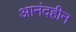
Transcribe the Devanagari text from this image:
आनंदहीन